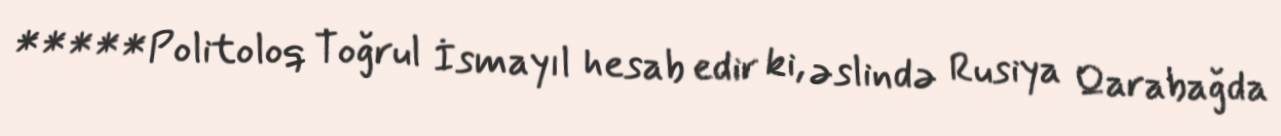
*****Politoloq Toğrul İsmayıl hesab edir ki, əslində Rusiya Qarabağda